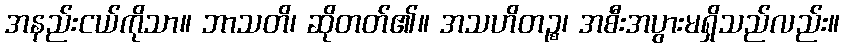
အနည်းငယ်ကိုသာ။ ဘာသတိ၊ ဆိုတတ်၏။ အသဟိတဉ္စ၊ အစီးအပွားမရှိသည်လည်း။